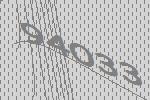
94033